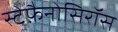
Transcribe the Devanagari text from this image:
स्टेफ़ैनोसिरॉस